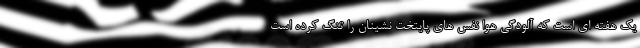
یک هفته ای است که آلودگی هوا نفس های پایتخت نشینان را تنگ کرده است